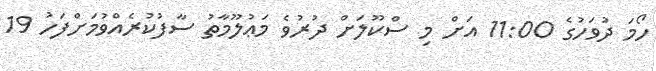
ހޯމަ ދުވަހުގެ 11:00 އަށް މި ސްކޫލަށް ދުރުވެ މަޢުލޫމާތު ސާފުކުރެއްވުމަށްފަހު 19